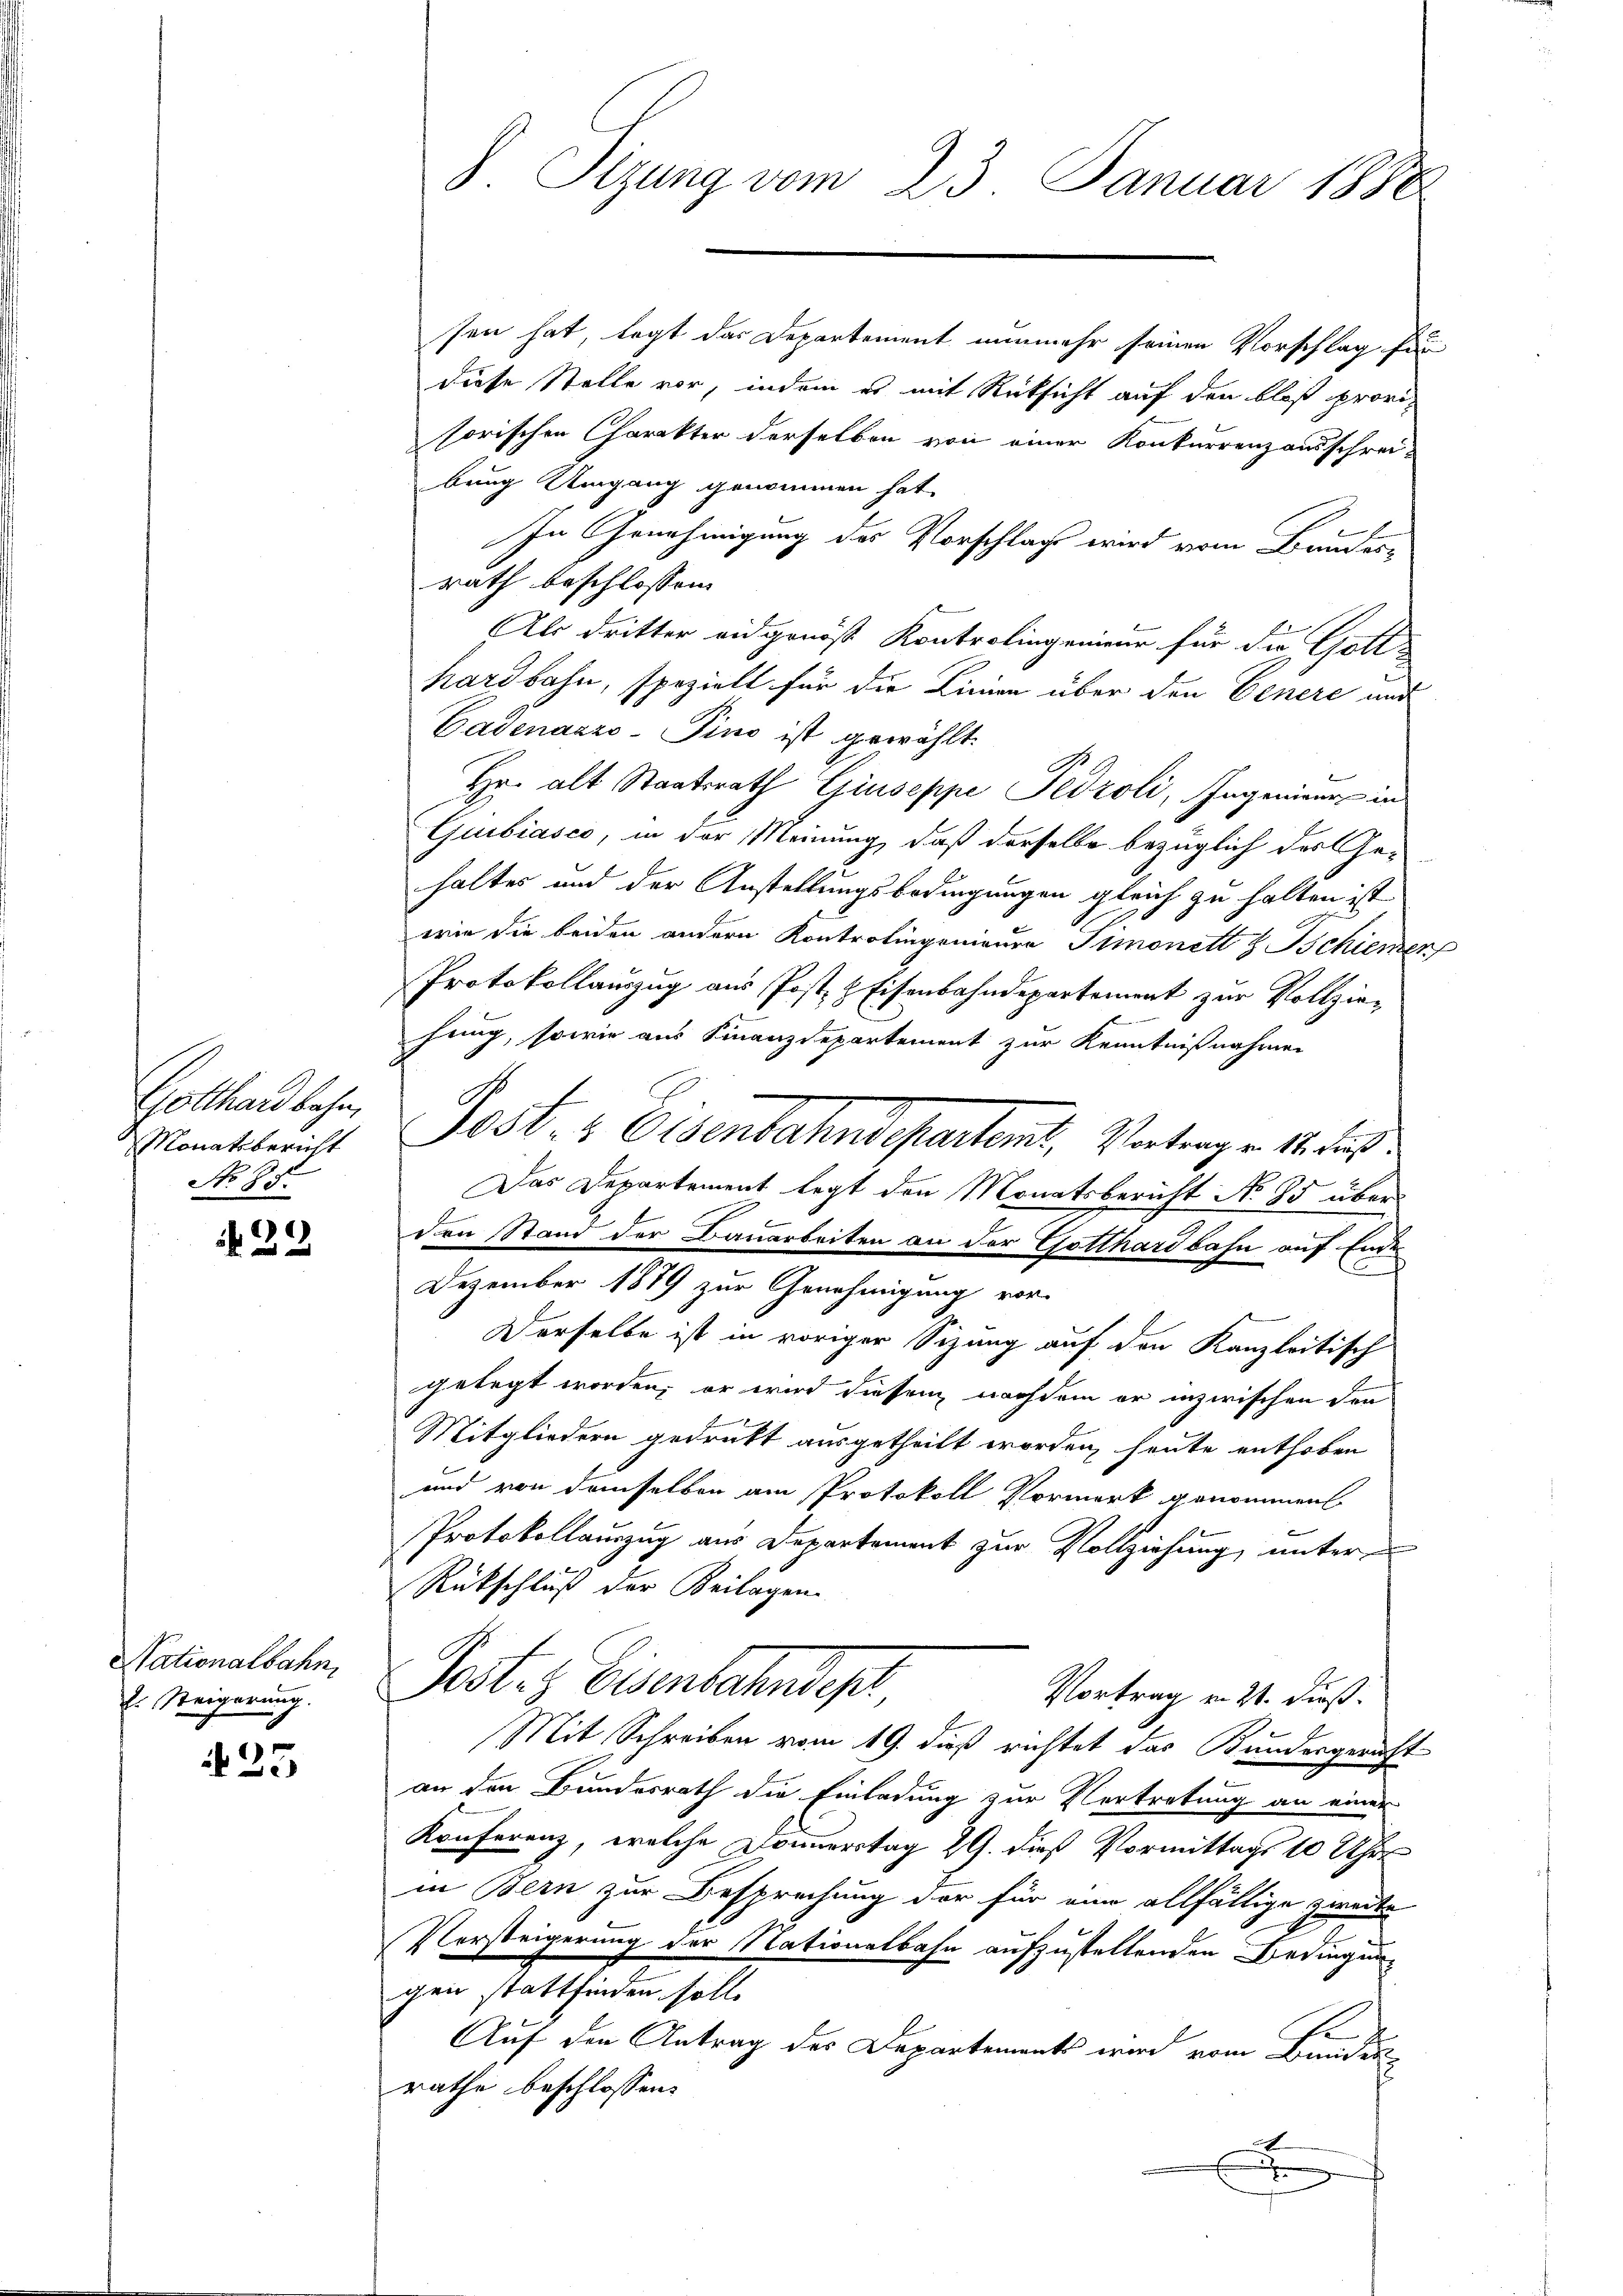
Gotthardbahn,
Monatsbericht
No 85.

22

Nationalbahn,
E. Steigerung.

125

8 Sizung vom 23. Januar 1880

sen hat, legt das Departement nunmehr seinen Vorschlag für
diese Stelle vor, indem es mit Rücksicht auf den bloß provisorischen Charakter derselben von einer Konkurrenzausschrei-
bung Umgang genommen hat.
In Genehmigung des Vorschlags wird vom Bandesrath beschlossen:
Als dritter eidgenoß Kontrolingenieur für die Gott-
hardbahn, spezielt für die Linien über den Genere und
Gadenarzo-Pino ist gewählt.
G
Hr. alt Staatsrath Giuseppe Sedzoli, Ingenieur in
Guibiasco, in der Meinung, daß derselbe bezüglich des Gehaltes und der Anstellungsbedingungen gleich zu halten ist
wie die beiden andern Kontrolingenieure Simonett H. Schienen
Protokollauszug aus Post & Eisenbahndepartement zur Vollziefung, sowie aus Finanzdepartement zur Kenntnißnahmen
Jost & Eisenbahndepartemt, Vortrag v. 18. Aus
Das Departement legt den Monatsbericht No 85 über
den Stand der Bauarbeiten an der Gotthardbahn auf Ende
Dezember 1879 zur Genehmigung vor
Derselbe ist in voriger Sizung auf den Kanzleitisch
gelegt worden, er wird diesem nachdem er inzwischen den
Mitgliedern gedrukt ausgetheilt worden heute enthoben
und von demselben am Protokoll Vormerk genommen
Protokollauszug aus Departement zur Vollziehung, unter¬
Rückschluß der Beilagen.
Post. Eisenbahndep
Vortrag v. 21. dieß.
Mit Schreiben vom 19. dieß richtet das Bundesgericht
an den Bundesrath die Einladung zur Vertretung an einer
Konferenz, welche Donnerstag 29. dieß Vormittags 10 Uhr
in Bern zur Besprechung der für eine allfällige zweite
Vorsteigerung der Nationalbahn aufzustellenden Bedingung
gen stattfinden soll.
Auf den Antrag des Departements wird vom Bunden
rathe beschlossen:
e
E